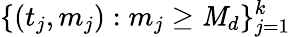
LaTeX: \{ (t_{j},m_{j}):m_{j}\geq\mathit{M}_{d}\} _{j=1}^{k}